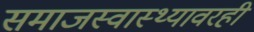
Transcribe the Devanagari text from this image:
समाजस्वास्थ्यावरही